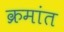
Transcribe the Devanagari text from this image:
क्रमांत